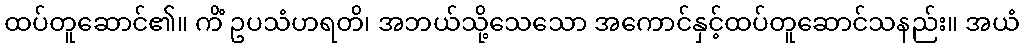
ထပ်တူဆောင်၏။ ကိံ ဥပသံဟရတိ၊ အဘယ်သို့သေသော အကောင်နှင့်ထပ်တူဆောင်သနည်း။ အယံ